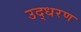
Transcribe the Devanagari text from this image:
उद्‍धरण